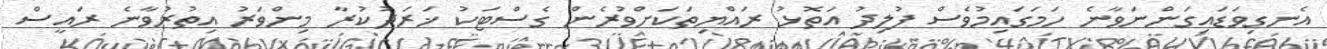
އެނގިވަޑައިގަންނަވާނެ ހަމަގައިމުވެސް ފުލިދު އަތޮޅު ރައްޔިތަކަށްވުރެން ގެސްޓަކު ޚަރަދުކުރާ މިންވަރު އިތުރުވާނެ ރައީސް